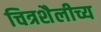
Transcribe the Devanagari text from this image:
चित्रशैलीच्य